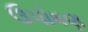
ઉપોષણ